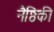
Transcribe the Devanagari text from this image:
नैष्ठिकी